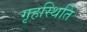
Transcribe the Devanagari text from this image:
गृहस्थिति